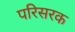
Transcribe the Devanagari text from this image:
परिसरक